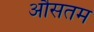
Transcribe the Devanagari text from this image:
औसतम